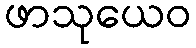
ဖာသုယေဝ